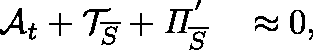
\begin{array} { r l } { \mathcal { A } _ { t } + \mathcal { T } _ { \overline { { S } } } + \mathit { \Pi } _ { \overline { { S } } } ^ { ' } } & { { } \approx 0 , } \end{array}